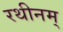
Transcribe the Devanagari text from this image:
रथीनम्